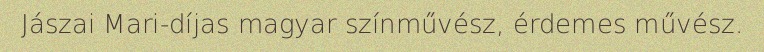
Jászai Mari-díjas magyar színművész, érdemes művész.